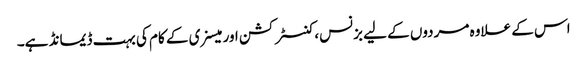
اس کے علاوہ مردوں کے لیے بزنس، کنسٹرکشن اور میسنری کے کام کی بہت ڈیمانڈ ہے۔